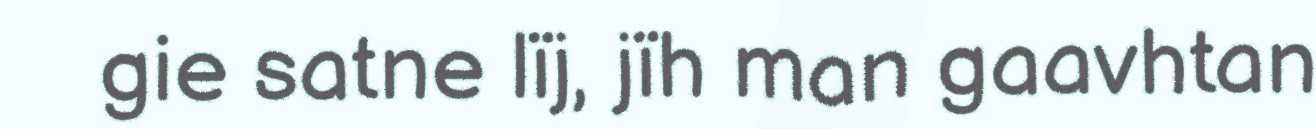
gie satne lïj, jïh man gaavhtan